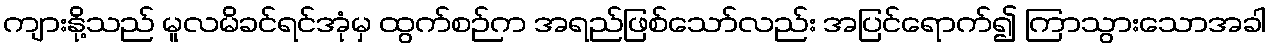
ကျားနို့သည် မူလမိခင်ရင်အုံမှ ထွက်စဉ်က အရည်ဖြစ်သော်လည်း အပြင်ရောက်၍ ကြာသွားသောအခါ